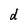
Character: d